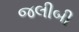
જલીબી